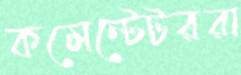
কমেন্টেটররা